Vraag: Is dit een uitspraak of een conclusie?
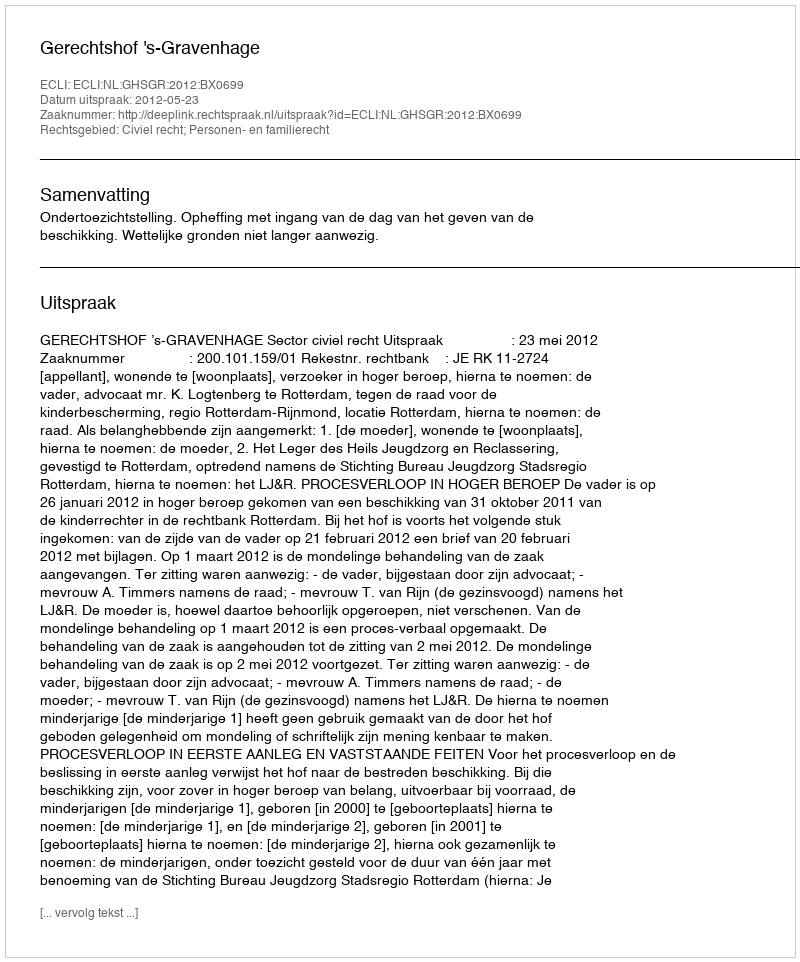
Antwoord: Uitspraak